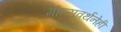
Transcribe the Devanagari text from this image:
मोल्सवर्थनेही